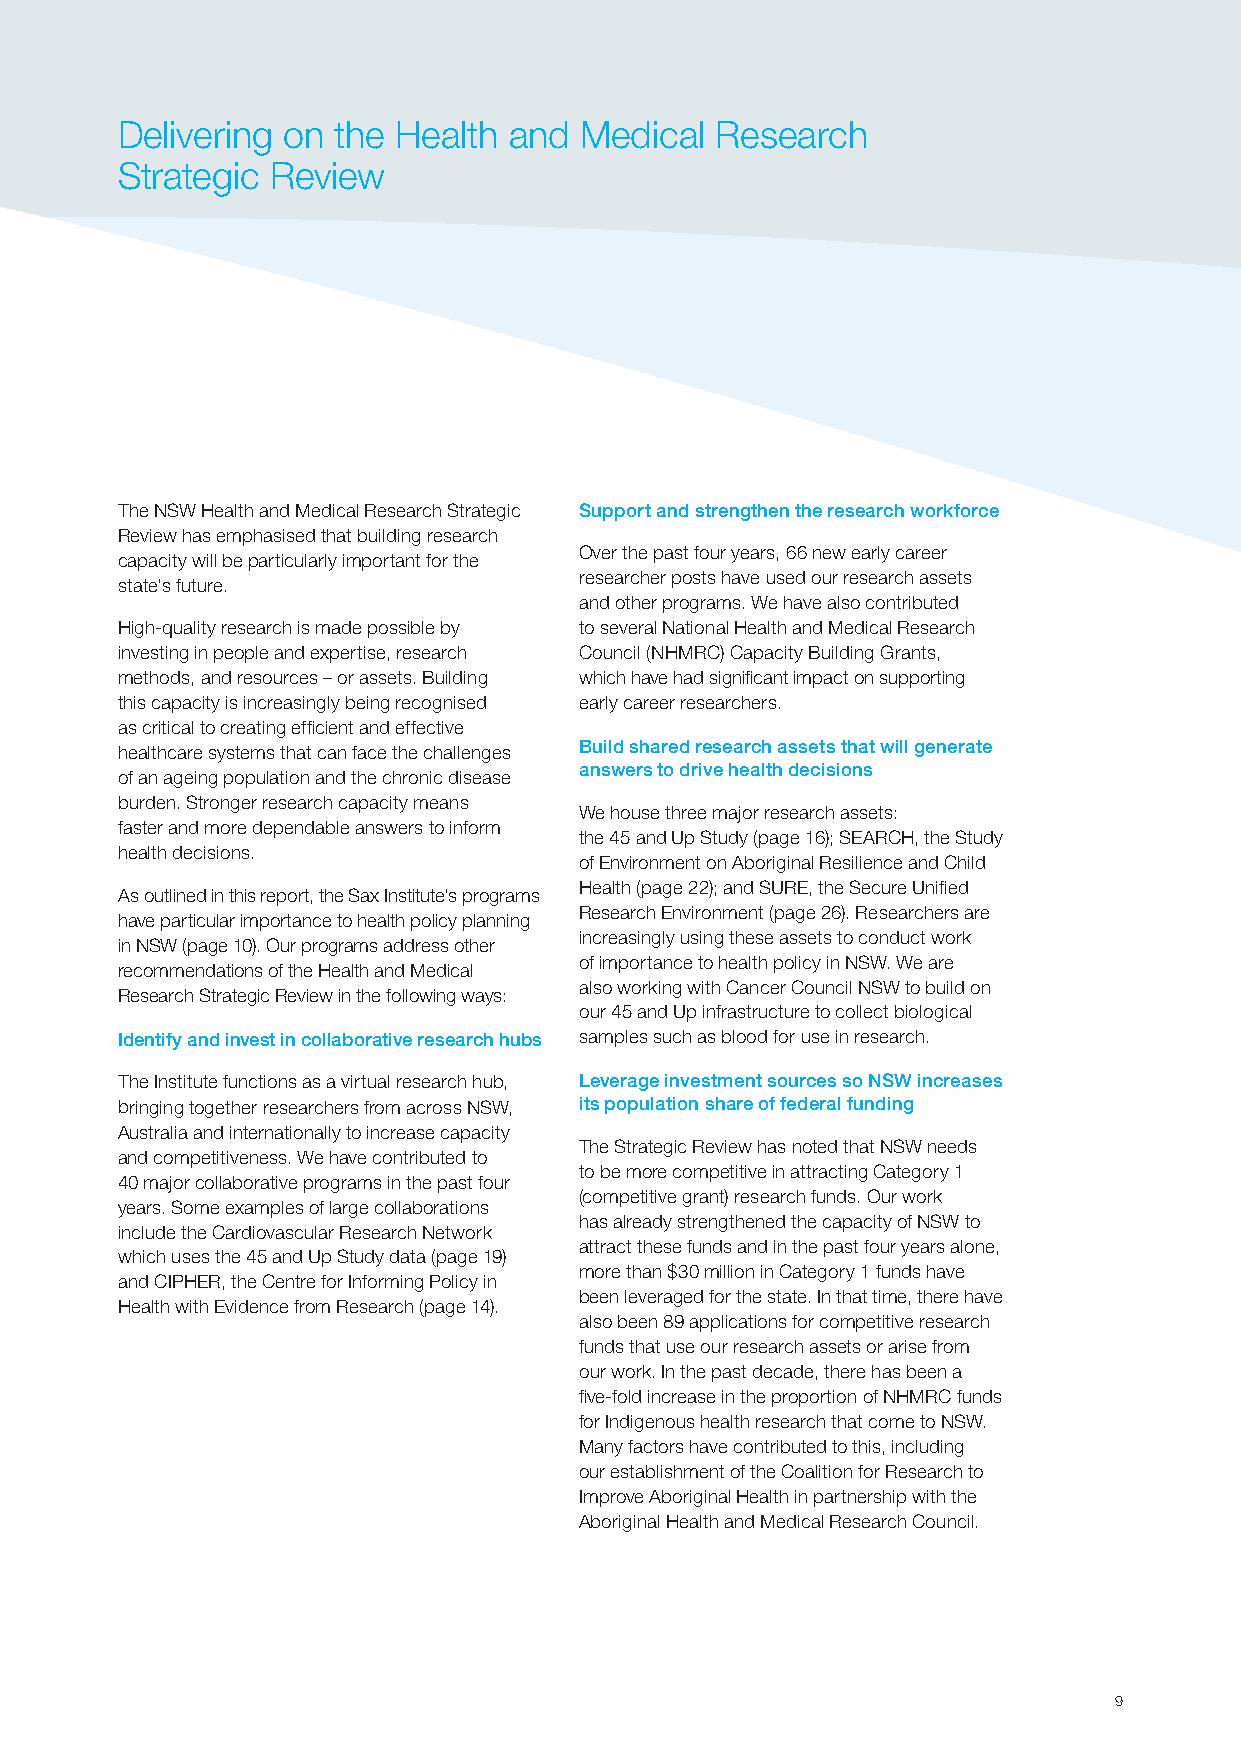
Delivering on the Health  and Medical  Research
 Strategic Review
 The NSW Health and Medical Research Strategic Support and strengthen the research workforce
 Review has emphasised that building research
 Over the past four years, 66 new early career
 capacity will be particularly important for the
 researcher posts have used our research assets
 state’s future.
 and other programs. We have also contributed
 High-quality research is made possible by to several National Health and Medical Research
 investing in people and expertise, research Council (NHMRC) Capacity Building Grants,
 methods, and resources – or assets. Building which have had significant impact on supporting
 this capacity is increasingly being recognised early career researchers.
 as critical to creating efficient and effective
 Build shared research assets that will generate
 healthcare systems that can face the challenges
 answers to drive health decisions
 of an ageing population and the chronic disease
 burden. Stronger research capacity means
 We house three major research assets:
 faster and more dependable answers to inform
 the 45 and Up Study (page 16); SEARCH, the Study
 health decisions.
 of Environment on Aboriginal Resilience and Child
 Health (page 22); and SURE, the Secure Unified
 As outlined in this report, the Sax Institute’s programs
 Research Environment (page 26). Researchers are
 have particular importance to health policy planning
 increasingly using these assets to conduct work
 in NSW (page 10). Our programs address other
 of importance to health policy in NSW. We are
 recommendations of the Health and Medical
 also working with Cancer Council NSW to build on
 Research Strategic Review in the following ways:
 our 45 and Up infrastructure to collect biological
 Identify and invest in collaborative research hubs samples such as blood for use in research.
 The Institute functions as a virtual research hub, Leverage investment sources so NSW increases
 bringing together researchers from across NSW, its population share of federal funding
 Australia and internationally to increase capacity
 The Strategic Review has noted that NSW needs
 and competitiveness. We have contributed to
 to be more competitive in attracting Category 1
 40 major collaborative programs in the past four
 (competitive grant) research funds. Our work
 years. Some examples of large collaborations
 has already strengthened the capacity of NSW to
 include the Cardiovascular Research Network
 attract these funds and in the past four years alone,
 which uses the 45 and Up Study data (page 19)
 more than $30 million in Category 1 funds have
 and CIPHER, the Centre for Informing Policy in
 been leveraged for the state. In that time, there have
 Health with Evidence from Research (page 14).
 also been 89 applications for competitive research
 funds that use our research assets or arise from
 our work. In the past decade, there has been a
 five-fold increase in the proportion of NHMRC funds
 for Indigenous health research that come to NSW.
 Many factors have contributed to this, including
 our establishment of the Coalition for Research to
 Improve Aboriginal Health in partnership with the
 Aboriginal Health and Medical Research Council.
 9